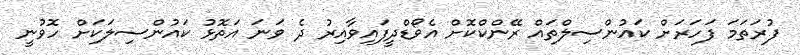
ފުރަތަމަ ފަހަރަށް ކައުންސިލްތައް ރޭންކްކޮށް އެވޯޑްދީފައިވާއިރު ދެ ވަނަ އަތޮޅު ކައުންސިލަކަށް ހޮވުނީ